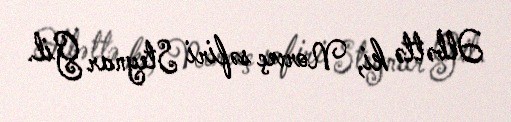
Əlbəttə ki, Norveç səfiri Steynar Gil.